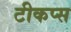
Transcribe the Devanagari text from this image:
टीकप्स